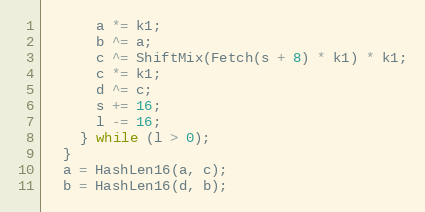
Language: C++
      a *= k1;
      b ^= a;
      c ^= ShiftMix(Fetch(s + 8) * k1) * k1;
      c *= k1;
      d ^= c;
      s += 16;
      l -= 16;
    } while (l > 0);
  }
  a = HashLen16(a, c);
  b = HashLen16(d, b);